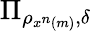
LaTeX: \Pi_{\rho_{x^{n}\left(m\right)},\delta}